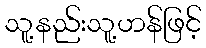
သူ့နည်းသူ့ဟန်ဖြင့်